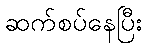
ဆက်စပ်နေပြီး